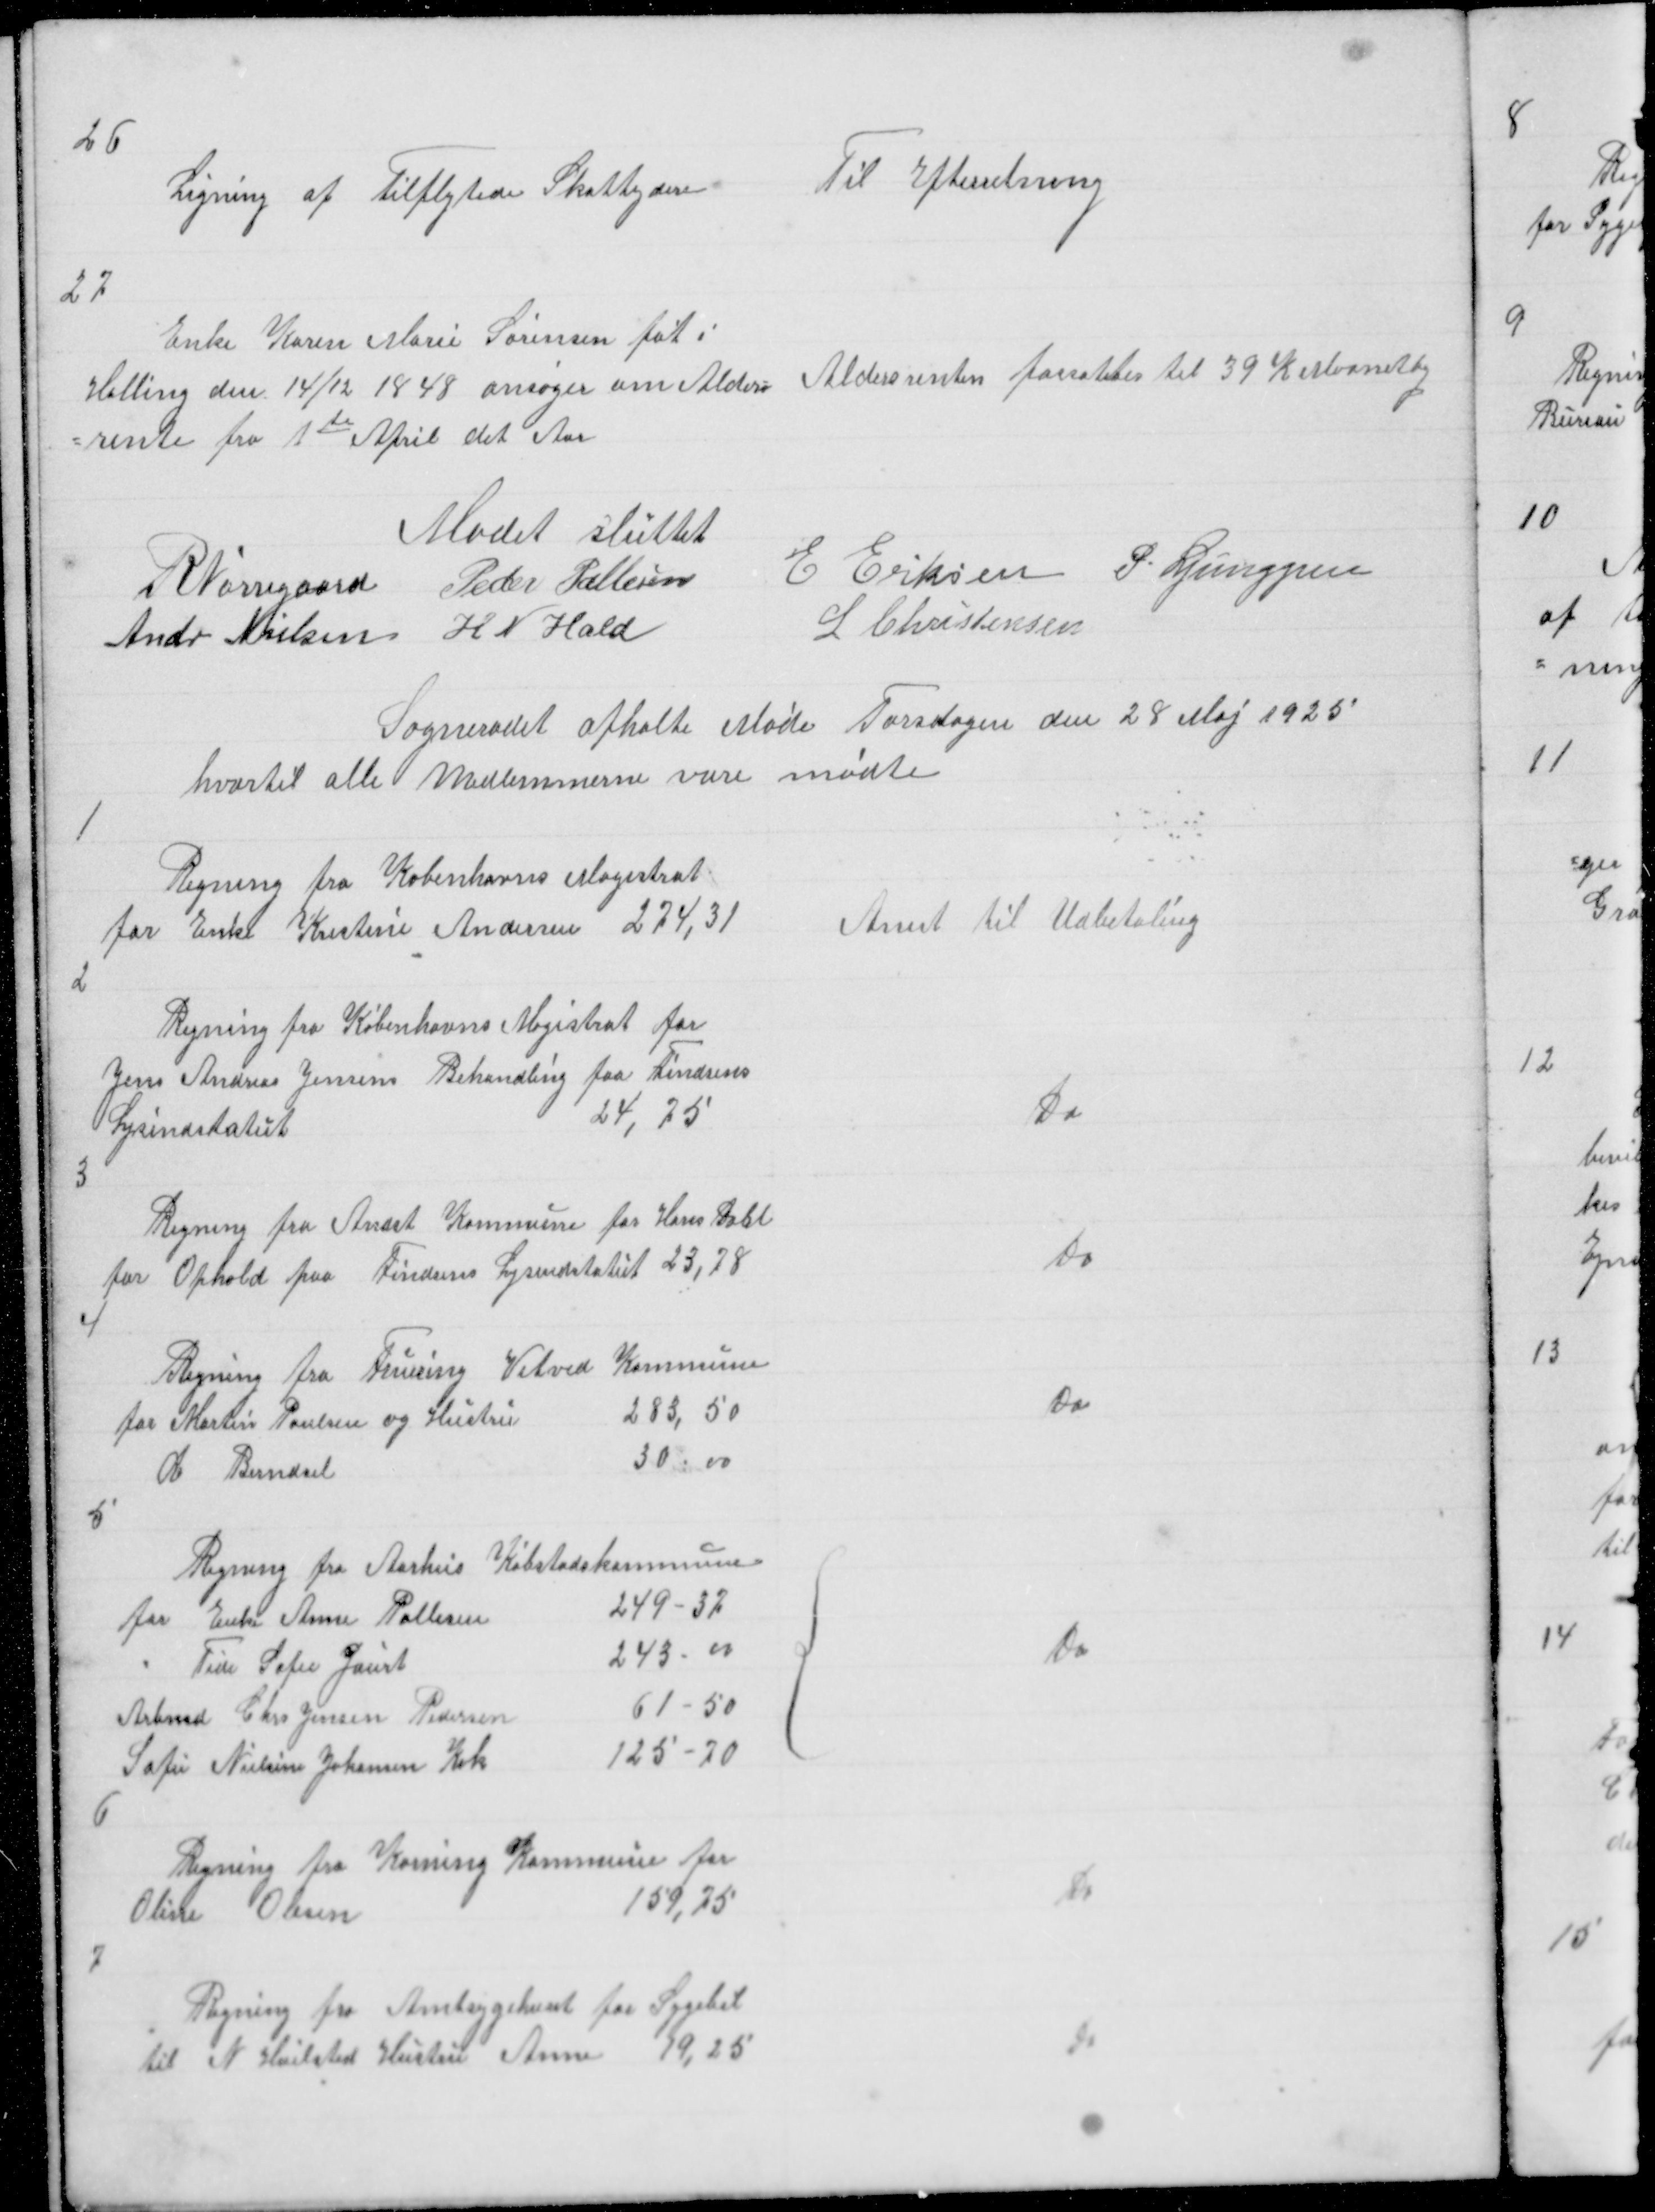
Transskription:
26

Til Efterretning

Ligning af Tilflytede Skatteydere

27

Enke Karen Marie Sørensen føt i
Halling den 14/12 1848 ansøger om Alders =
= rente fra 1te April det Aar

Aldersrenten fassættes til 39 K Maanetlig

Mødet sluttet
R Nørregaard Peder Pallesen E Eriksen P. Ljunggren
Andr Nielsen H N Hald
L Christensen

Sogneraadet afholte møde Torsdagen den 28 Maj 1925
hvortil alle Medlemmerne vare mødte

1

Regning fra Københavns Magistrat
for Enke Kristine Andersen 274,31

Anist til Udbetaling

2

Regning fra Københavns Magistrat for
Jens Andreas Jensens Behandling paa Findsens
Lysindstatut
24,25
3

Do

Regning fra Andst Kommune for Hans Dahl
for Ophold paa Findsens Lysindstatut 23,78
4
Regning fra Fruering Vitved Kommune
for Martin Poulsen og Hustru
283,50

30.00

Do

Do

5

Regning fra Aarhus Købstadskommune
for Enke Anne Pallesen
249 - 32
"
Tide Sofie Jaurt
243 - 00
Arbmd Chr Jensen Pedersen
61 - 50
Sofie Nielsine Johansen Kok
125 - 70
{
6

Do

Regning fra Korning Kommune for
Oline Olesen
159,75

Do

7

Regning fra Amtsygehuset for Sygebil
til N Hvilsted Hustru Anne 19,25

Do